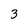
Character: 3